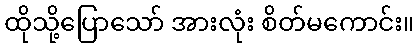
ထိုသို့ပြောသော် အားလုံး စိတ်မကောင်း။